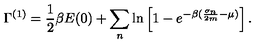
\Gamma ^ { ( 1 ) } = \frac { 1 } { 2 } \beta E ( 0 ) + \sum _ { n } \ln \left[ 1 - e ^ { - \beta ( \frac { \sigma _ { n } } { 2 m } - \mu ) } \right] .